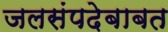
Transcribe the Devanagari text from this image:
जलसंपदेबाबत